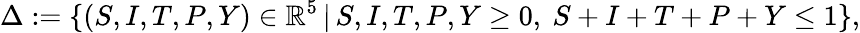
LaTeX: \Delta:=\{ (S,I,T,P,Y)\in\mathbb{R}^{5}\, |\, S,I,T,P,Y\geq 0,\ S+I+T+P+Y\leq 1\} ,